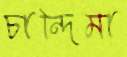
চান্দিমা